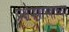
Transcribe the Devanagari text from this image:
प्रक्षेपणास्त्राच्या